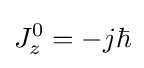
J_{z}^{0}=-j\hbar